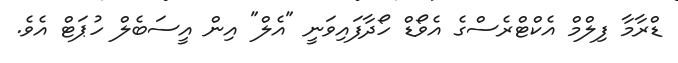
ޑްރާމާ ފިލްމް އެކްޓްރެސްގެ އެވޯޑް ހޯދާފައިވަނީ "އެލް" އިން އީސަބެލް ހުޕަޓް އެވެ.